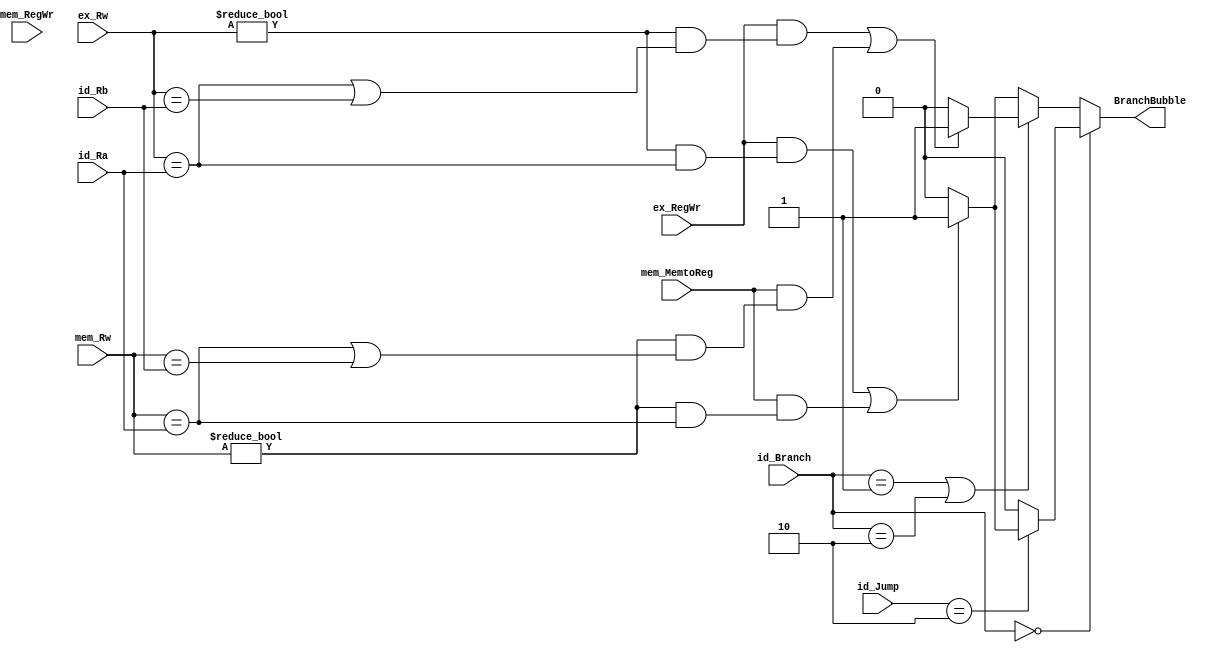
module BranchBubbleUnit(id_Ra, id_Rb, ex_RegWr, ex_Rw, mem_RegWr, 
                        mem_MemtoReg, mem_Rw, BranchBubble, id_Branch,id_Jump);
	input [4:0] id_Ra;
	input [4:0] id_Rb;
	input       ex_RegWr;
	input [4:0] ex_Rw;
	input       mem_RegWr;
	input       mem_MemtoReg;
	input [4:0] mem_Rw;
	input [2:0]	id_Branch;
	input [1:0] id_Jump;
	output reg  BranchBubble;

	initial begin
		BranchBubble = 0;
	end

	//*********branch & JR && JALR*******// Jump=2b10JRJALR
	//branch>0jump=0
	//jump=0branch=0
	always @(*) begin
		if (id_Branch == 3'b000) begin
			//************JR & JALR*************//
			if (id_Jump == 2'b10) begin
				//******************************//
				if (((ex_RegWr==1) && (ex_Rw != 0 && ex_Rw == id_Ra)) || 
				//******************lw**************//
				     ((mem_MemtoReg==1) && (mem_Rw!=0 && mem_Rw == id_Ra))) begin
				  	 BranchBubble <= 1;
				end else begin
				 	 BranchBubble <= 0; 	
				end 		
			end //end id_Jump
			else begin
				BranchBubble <= 0;
			end
		end else
		//***********BEQ & BNE ****************//
		if (id_Branch == 3'b001 || id_Branch == 3'b010) begin 
			//******************************//
			if (((ex_RegWr==1) && (ex_Rw != 0 && (ex_Rw == id_Ra || ex_Rw == id_Rb))) || 
			//******************lw**************//
			     ((mem_MemtoReg==1) && (mem_Rw!=0 && (mem_Rw == id_Ra || mem_Rw == id_Rb)))) begin 
			  	 BranchBubble <= 1;
			end else begin
			 	 BranchBubble <= 0; 	
			end 
		end else begin //BGEZ,BGTZ,BLEZ,BLTZ ,busB 
			//******************************//
			if (((ex_RegWr==1) && (ex_Rw != 0 && ex_Rw == id_Ra)) ||
			//******************lw**************//
			     ((mem_MemtoReg==1) && (mem_Rw!=0 && mem_Rw == id_Ra))) begin
			  	 BranchBubble <= 1;
			end else begin
			 	 BranchBubble <= 0; 	
			end 						
		end
	end
endmodule